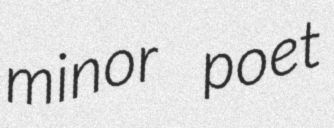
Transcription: minor poet